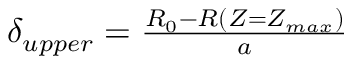
\begin{array} { r } { \delta _ { u p p e r } = \frac { R _ { 0 } - R ( Z = Z _ { m a x } ) } { a } } \end{array}